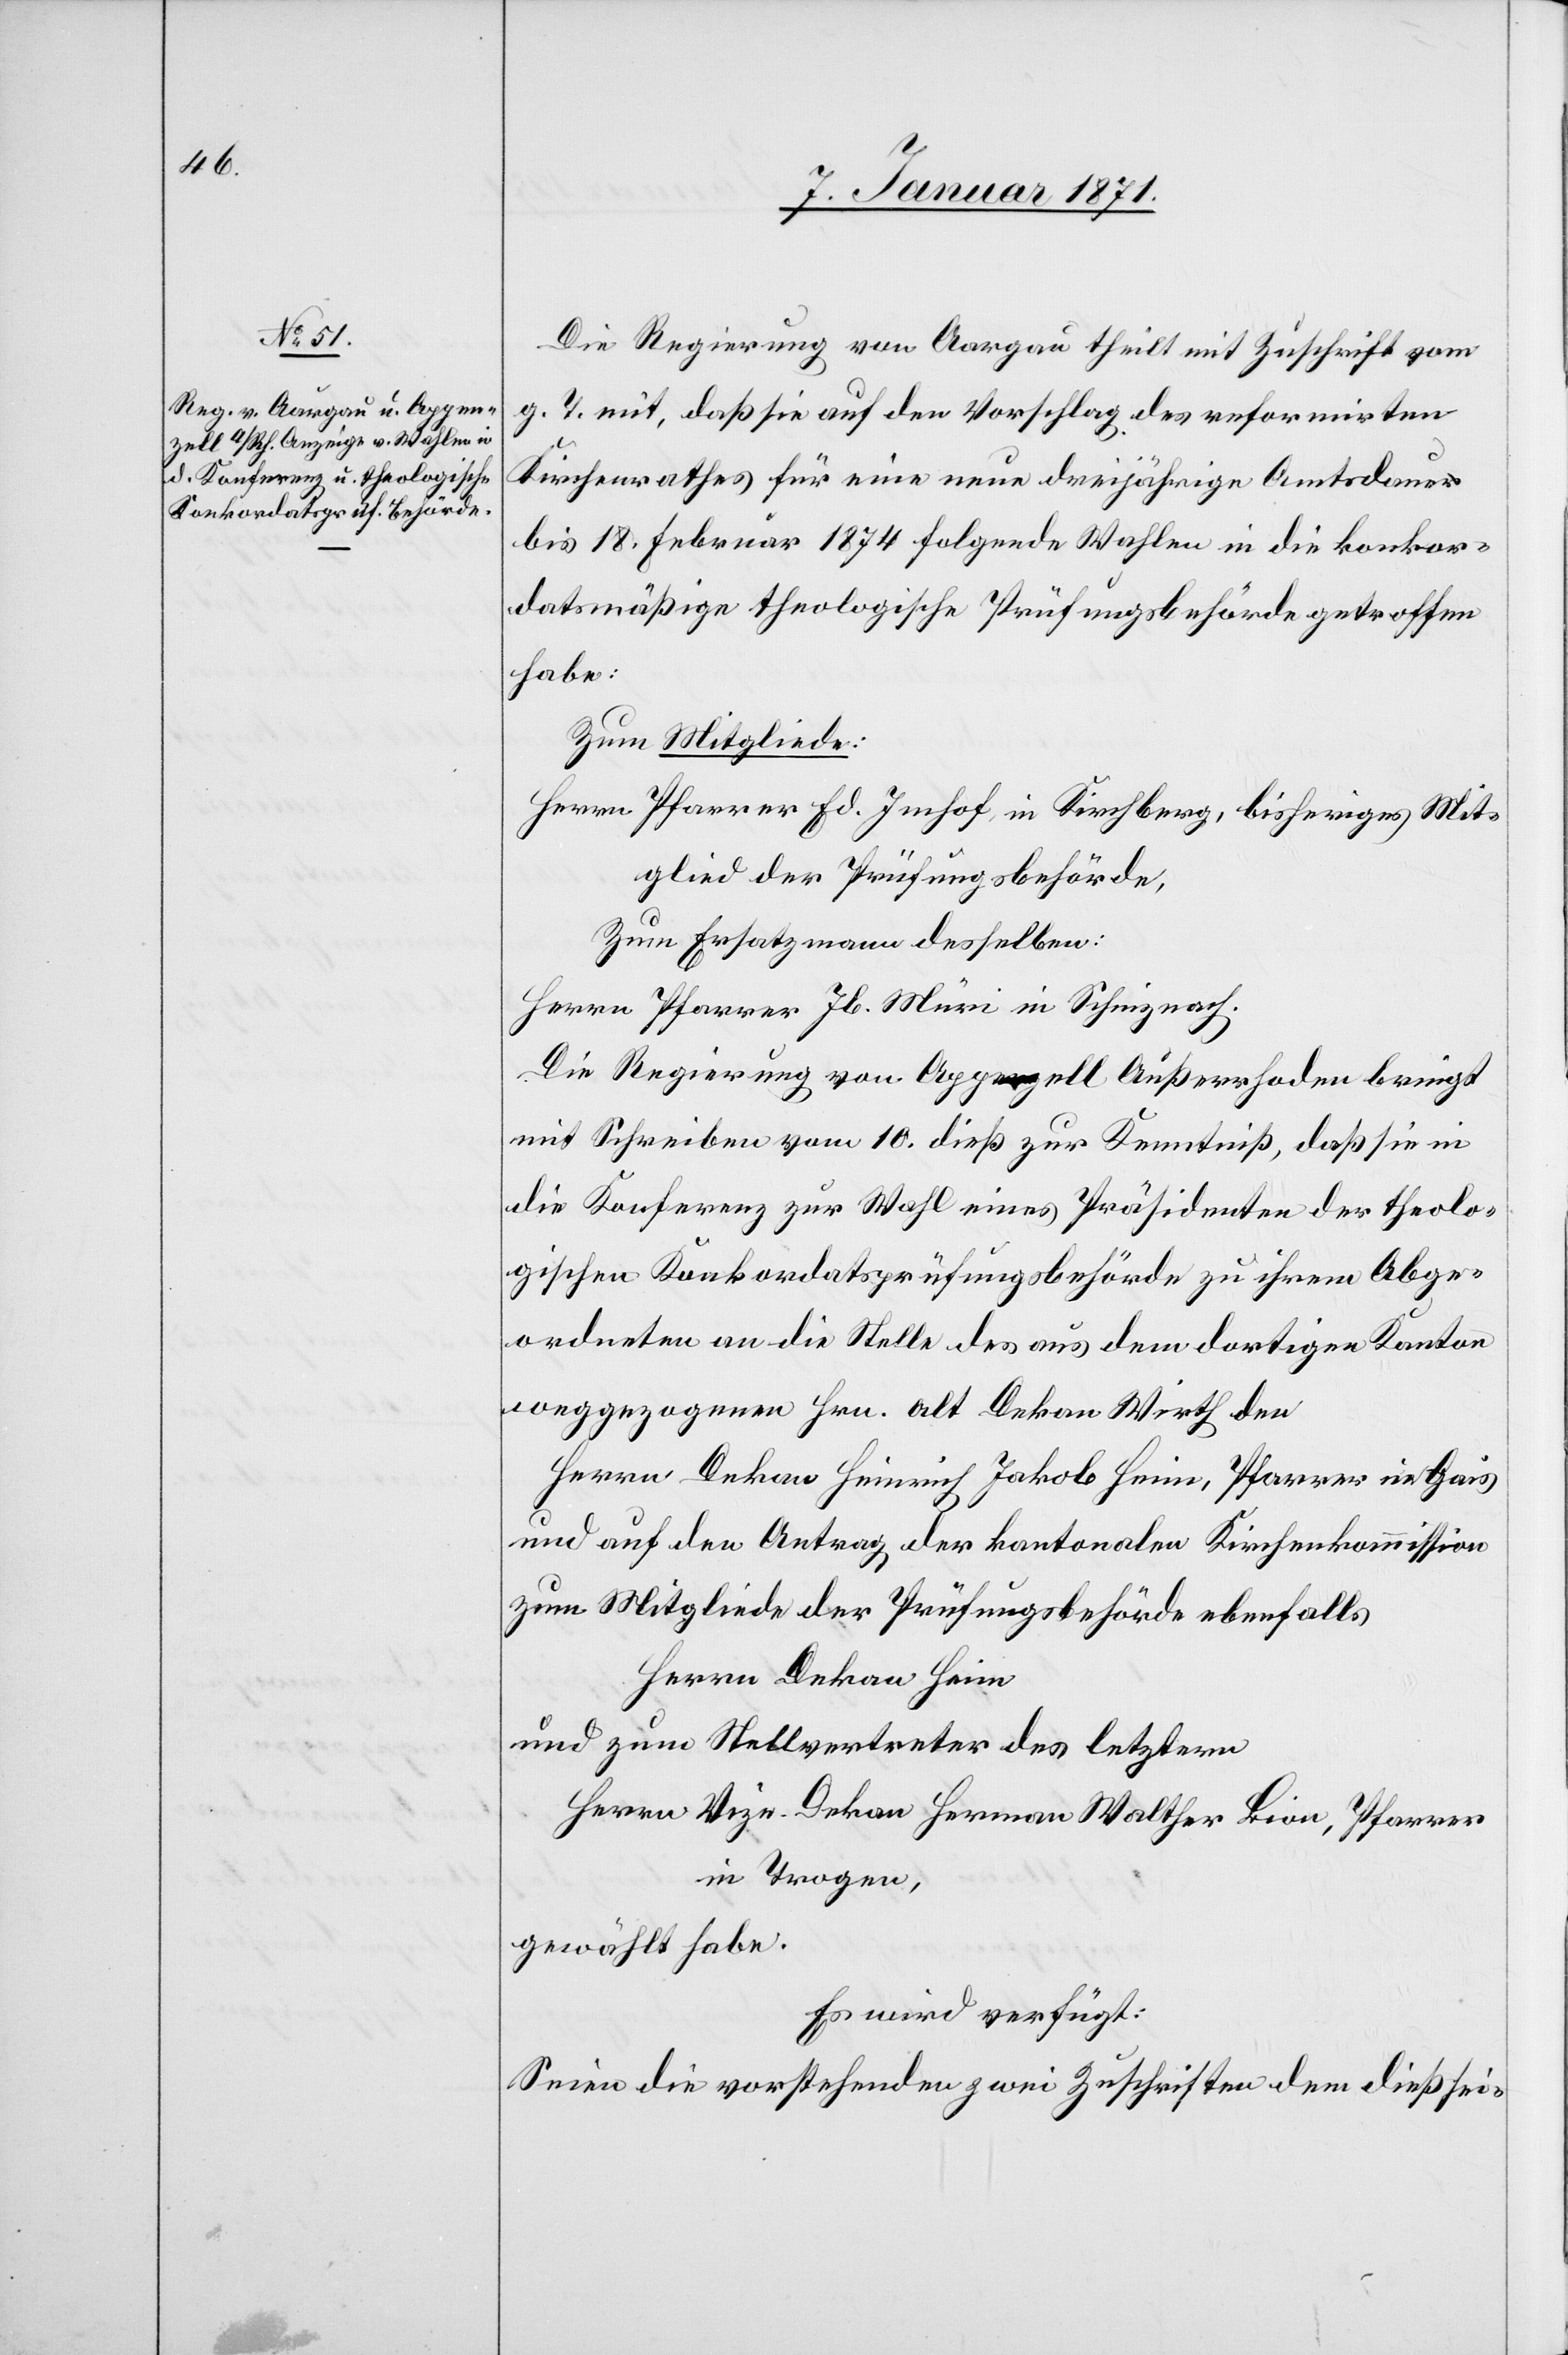
12. Januar 1871.]
Die Regierung von Aargau theilt mit Zuschrift vom
g. T. mit, daß sie auf den Vorschlag des reformirten
Kirchenrathes für eine neue dreijährige Amtsdauer
bis 18. Februar 1874 folgende Wahlen in die konkor¬
datsmäßige theologische Prüfungsbehörde getroffen
habe:
Zum Mitgliede:
Herrn Pfarrer Ed. Imhof, in Kirchberg, bisheriges Mit¬
glied der Prüfungsbehörde,
Zum Ersatzmann desselben:
Herrn Pfarrer Jb. Müri in Schinznach.
Die Regierung von Appenzell Außerhoden bringt
mit Schreiben vom 10. dieß zur Kenntniß, daß sie in
die Konferenz zur Wahl eines Präsidenten der theolo¬
gischen Konkordatsprüfungsbehörde zu ihrem Abge¬
ordneten an die Stelle des aus dem dortigen Kanton
weggezogenen Hrn. alt Dekan Wirth den
Herrn Dekan Heinrich Jakob Heim, Pfarrer in Gais
und auf den Antrag der kantonalen Kirchenkommission
zum Mitgliede der Prüfungsbehörde ebenfalls
Herrn Dekan Heim
und zum Stellvertreter des letztern
Herrn Vize-Dekan Herman Walther Bion, Pfarrer
in Trogen,
gewählt habe.
Es wird verfügt:
Seien die vorstehenden zwei Zuschriften dem dießsei-